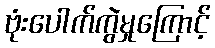
ဗုံးပေါက်ကွဲမှုကြောင့်